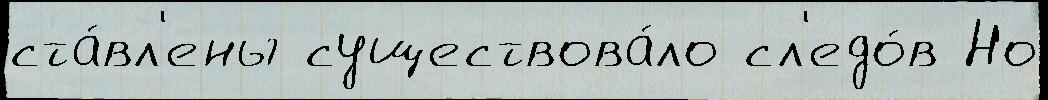
ста́вл'ены существова́ло сл'едо́в Но